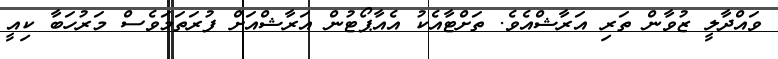
ވައްދާލީ ޒުވާން ތަރި އަރާޝްއެވެ. ތަށްޓާއެކު އެއާޕޯޓުން އަރާޝްއަށް ފުރަތަމަވެސް މަރުހަބާ ކިއީ